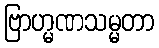
ဗြာဟ္မဏသမ္မတာ